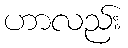
ဟာလည်း